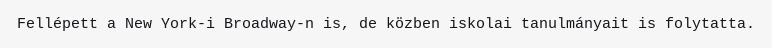
Fellépett a New York-i Broadway-n is, de közben iskolai tanulmányait is folytatta.